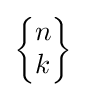
\left\{{\begin{matrix}n\\k\end{matrix}}\right\}